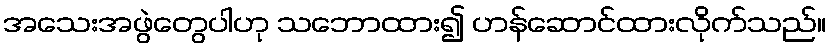
အသေးအဖွဲတွေပါဟု သဘောထား၍ ဟန်ဆောင်ထားလိုက်သည်။